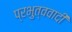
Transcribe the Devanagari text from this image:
प्रभुत्ववादी